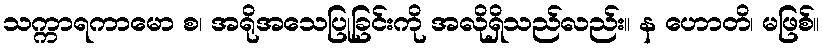
သက္ကာရကာမော စ၊ အရိုအသေပြုခြင်းကို အလိုရှိသည်လည်း။ န ဟောတိ၊ မဖြစ်။